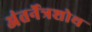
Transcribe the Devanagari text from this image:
अंतर्नेत्रशोथ